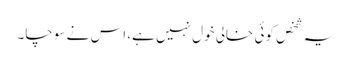
یہ شخص کوئی خالی خول نہیں ہے، اس نے سوچا۔